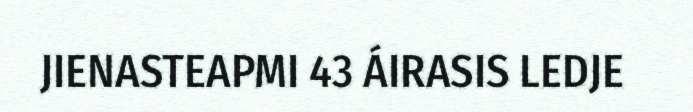
JIENASTEAPMI 43 ÁIRASIS LEDJE